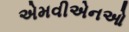
એમવીએનઓ